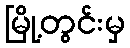
မြို့တွင်းမှ